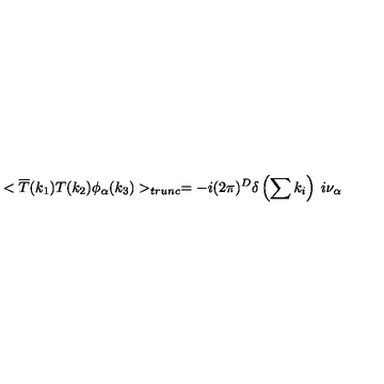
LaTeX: < \overline { { T } } ( k _ { 1 } ) T ( k _ { 2 } ) \phi _ { \alpha } ( k _ { 3 } ) > _ { t r u n c } = - i ( 2 \pi ) ^ { D } \delta \left( \sum k _ { i } \right) \: i \nu _ { \alpha }